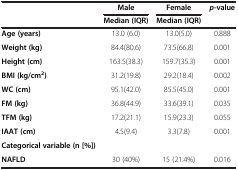
<table><thead><tr><td><b> </b></td><td><b>Male</b></td><td><b>Female</b></td><td rowspan="2"><b><i>p</i>-value</b></td></tr><tr><td><b> </b></td><td><b>Median (IQR)</b></td><td><b>Median (IQR)</b></td></tr></thead><tbody><tr><td><b>Age (years)</b></td><td>13.0 (6.0)</td><td>13.0(5.0)</td><td>0.888</td></tr><tr><td><b>Weight (kg)</b></td><td>84.4(80.6)</td><td>73.5(66.8)</td><td>0.001</td></tr><tr><td><b>Height (cm)</b></td><td>163.5(38.3)</td><td>159.7(35.3)</td><td>0.001</td></tr><tr><td><b>BMI (kg/cm</b><sup><b>2</b></sup><b>)</b></td><td>31.2(19.8)</td><td>29.2(18.4)</td><td>0.002</td></tr><tr><td><b>WC (cm)</b></td><td>95.1(42.0)</td><td>85.5(45.0)</td><td>0.001</td></tr><tr><td><b>FM (kg)</b></td><td>36.8(44.9)</td><td>33.6(39.1)</td><td>0.035</td></tr><tr><td><b>TFM (kg)</b></td><td>17.2(21.1)</td><td>15.9(23.3)</td><td>0.055</td></tr><tr><td><b>IAAT (cm)</b></td><td>4.5(9.4)</td><td>3.3(7.8)</td><td>0.001</td></tr><tr><td><b>Categorical variable (n [%])</b></td><td> </td><td> </td><td> </td></tr><tr><td><b>NAFLD</b></td><td>30 (40%)</td><td>15 (21.4%)</td><td>0.016</td></tr></tbody></table>